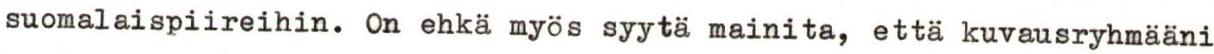
suomalaispiireihin. On ehkä myös syytä mainita, että kuvausryhmääni